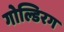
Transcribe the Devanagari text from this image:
गोल्डिरग